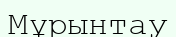
Мұрынтау